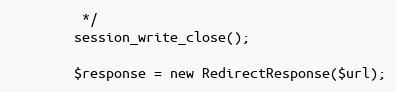
Language: PHP
		 */
		session_write_close();

		$response = new RedirectResponse($url);